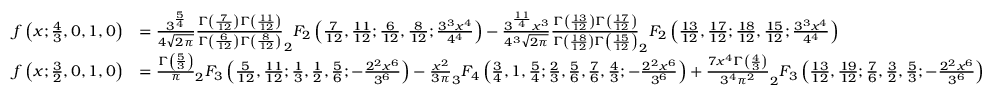
{ \begin{array} { r l } { f \left( x ; { \frac { 4 } { 3 } } , 0 , 1 , 0 \right) } & { = { \frac { 3 ^ { \frac { 5 } { 4 } } } { 4 { \sqrt { 2 \pi } } } } { \frac { \Gamma \left( { \frac { 7 } { 1 2 } } \right) \Gamma \left( { \frac { 1 1 } { 1 2 } } \right) } { \Gamma \left( { \frac { 6 } { 1 2 } } \right) \Gamma \left( { \frac { 8 } { 1 2 } } \right) } } _ { 2 } F _ { 2 } \left( { \frac { 7 } { 1 2 } } , { \frac { 1 1 } { 1 2 } } ; { \frac { 6 } { 1 2 } } , { \frac { 8 } { 1 2 } } ; { \frac { 3 ^ { 3 } x ^ { 4 } } { 4 ^ { 4 } } } \right) - { \frac { 3 ^ { \frac { 1 1 } { 4 } } x ^ { 3 } } { 4 ^ { 3 } { \sqrt { 2 \pi } } } } { \frac { \Gamma \left( { \frac { 1 3 } { 1 2 } } \right) \Gamma \left( { \frac { 1 7 } { 1 2 } } \right) } { \Gamma \left( { \frac { 1 8 } { 1 2 } } \right) \Gamma \left( { \frac { 1 5 } { 1 2 } } \right) } } _ { 2 } F _ { 2 } \left( { \frac { 1 3 } { 1 2 } } , { \frac { 1 7 } { 1 2 } } ; { \frac { 1 8 } { 1 2 } } , { \frac { 1 5 } { 1 2 } } ; { \frac { 3 ^ { 3 } x ^ { 4 } } { 4 ^ { 4 } } } \right) } \\ { f \left( x ; { \frac { 3 } { 2 } } , 0 , 1 , 0 \right) } & { = { \frac { \Gamma \left( { \frac { 5 } { 3 } } \right) } { \pi } } _ { 2 } F _ { 3 } \left( { \frac { 5 } { 1 2 } } , { \frac { 1 1 } { 1 2 } } ; { \frac { 1 } { 3 } } , { \frac { 1 } { 2 } } , { \frac { 5 } { 6 } } ; - { \frac { 2 ^ { 2 } x ^ { 6 } } { 3 ^ { 6 } } } \right) - { \frac { x ^ { 2 } } { 3 \pi } } _ { 3 } F _ { 4 } \left( { \frac { 3 } { 4 } } , 1 , { \frac { 5 } { 4 } } ; { \frac { 2 } { 3 } } , { \frac { 5 } { 6 } } , { \frac { 7 } { 6 } } , { \frac { 4 } { 3 } } ; - { \frac { 2 ^ { 2 } x ^ { 6 } } { 3 ^ { 6 } } } \right) + { \frac { 7 x ^ { 4 } \Gamma \left( { \frac { 4 } { 3 } } \right) } { 3 ^ { 4 } \pi ^ { 2 } } } _ { 2 } F _ { 3 } \left( { \frac { 1 3 } { 1 2 } } , { \frac { 1 9 } { 1 2 } } ; { \frac { 7 } { 6 } } , { \frac { 3 } { 2 } } , { \frac { 5 } { 3 } } ; - { \frac { 2 ^ { 2 } x ^ { 6 } } { 3 ^ { 6 } } } \right) } \end{array} }